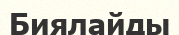
Биялайды